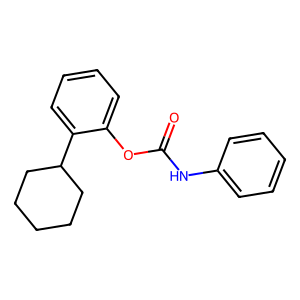
SMILES: O=C(Nc1ccccc1)Oc1ccccc1C1CCCCC1
Inhibits HIV replication: No